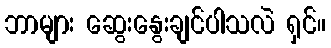
ဘာများ ဆွေးနွေးချင်ပါသလဲ ရှင်။